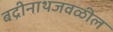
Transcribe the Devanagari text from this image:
बद्रीनाथजवळील